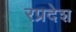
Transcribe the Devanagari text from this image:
रप्रदेश